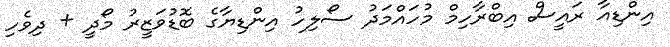
އިންޑިއާ ރައީސް އިބްރާހިމް މުހައްމަދު ސޯލިހު އިންޑިޔާގެ ބޮޑުވަޒީރު މޯދީ + ދިވެހި